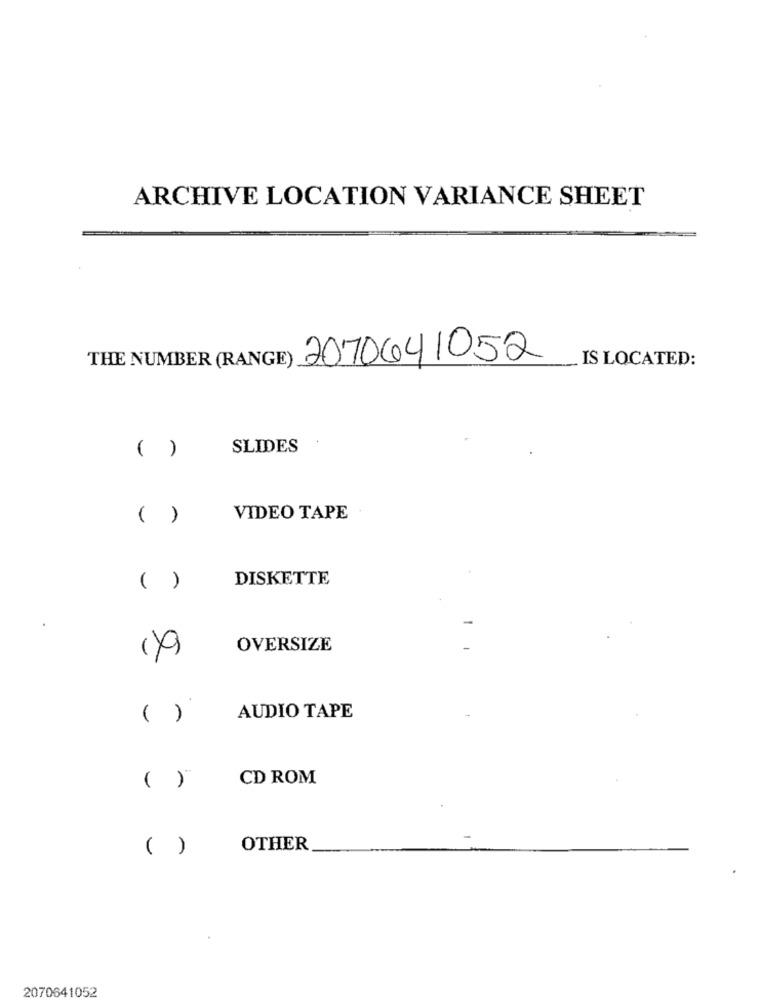
ARCHIVE LOCATION VARIANCE SHEET
THE NUMBER (RANGE)
2070641052
IS LOCATED:
( )
SLIDES
( )
VIDEO TAPE
DISKETTE
( )
1)9)
OVERSIZE
( )
AUDIO TAPE
CD ROM
( )
( )
OTHER
2070641052